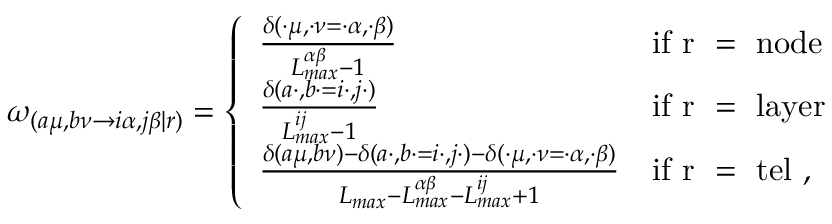
\begin{array} { r } { \omega _ { ( a \mu , b \nu \rightarrow i \alpha , j \beta | r ) } = \left\{ \begin{array} { l l } { \frac { \delta ( \cdot \mu , \cdot \nu = \cdot \alpha , \cdot \beta ) } { L _ { m a x } ^ { \alpha \beta } - 1 } } & { \mathrm { i f ~ r ~ = ~ n o d e ~ } } \\ { \frac { \delta ( a \cdot , b \cdot = i \cdot , j \cdot ) } { L _ { m a x } ^ { i j } - 1 } } & { \mathrm { i f ~ r ~ = ~ l a y e r ~ } } \\ { \frac { \delta ( a \mu , b \nu ) - \delta ( a \cdot , b \cdot = i \cdot , j \cdot ) - \delta ( \cdot \mu , \cdot \nu = \cdot \alpha , \cdot \beta ) } { L _ { m a x } - L _ { m a x } ^ { \alpha \beta } - L _ { m a x } ^ { i j } + 1 } } & { \mathrm { i f ~ r ~ = ~ t e l ~ } , } \end{array} \right. } \end{array}